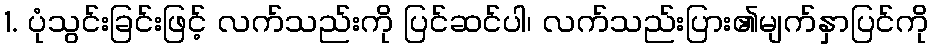
1. ပုံသွင်းခြင်းဖြင့် လက်သည်းကို ပြင်ဆင်ပါ၊ လက်သည်းပြား၏မျက်နှာပြင်ကို